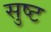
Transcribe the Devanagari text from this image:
सुष्ट